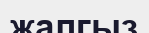
жалгыз